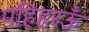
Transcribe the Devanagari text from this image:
पहिहरऊँ